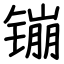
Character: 镚